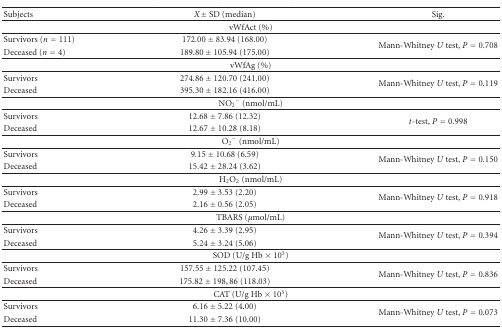
<table><thead><tr><td><b>Subjects</b></td><td><b><i>X</i> ± SD (median)</b></td><td><b>Sig.</b></td></tr></thead><tbody><tr><td colspan="3">vWfAct (%)</td></tr><tr><td>Survivors (<i>n</i> = 111)</td><td>172.00 ± 83.94 (168.00)</td><td rowspan="2">Mann-Whitney <i>U</i> test, <i>P</i> = 0.708</td></tr><tr><td> Deceased (<i>n</i> = 4)</td><td>189.80 ± 105.94 (175.00)</td></tr><tr><td colspan="3">vWfAg (%)</td></tr><tr><td>Survivors</td><td>274.86 ± 120.70 (241.00)</td><td rowspan="2">Mann-Whitney <i>U</i> test, <i>P</i> = 0.119</td></tr><tr><td> Deceased</td><td>395.30 ± 182.16 (416.00) </td></tr><tr><td colspan="3">NO<sub>2</sub><sup>−</sup> (nmol/mL)</td></tr><tr><td>Survivors</td><td>12.68 ± 7.86 (12.32)</td><td rowspan="2"><i>t</i>-test, <i>P</i> = 0.998</td></tr><tr><td> Deceased</td><td>12.67 ± 10.28 (8.18) </td></tr><tr><td colspan="3">O<sub>2</sub><sup>−</sup> (nmol/mL)</td></tr><tr><td>Survivors</td><td>9.15 ± 10.68 (6.59)</td><td rowspan="2">Mann-Whitney <i>U</i> test, <i>P</i> = 0.150</td></tr><tr><td> Deceased</td><td>15.42 ± 28.24 (3.62) </td></tr><tr><td colspan="3">H<sub>2</sub>O<sub>2</sub> (nmol/mL)</td></tr><tr><td>Survivors</td><td>2.99 ± 3.53 (2.20)</td><td rowspan="2">Mann-Whitney <i>U</i> test, <i>P</i> = 0.918</td></tr><tr><td> Deceased</td><td>2.16 ± 0.56 (2.05) </td></tr><tr><td colspan="3">TBARS (<i>μ</i>mol/mL)</td></tr><tr><td>Survivors</td><td>4.26 ± 3.39 (2.95)</td><td rowspan="2">Mann-Whitney <i>U</i> test, <i>P</i> = 0.394</td></tr><tr><td> Deceased</td><td>5.24 ± 3.24 (5.06) </td></tr><tr><td colspan="3">SOD (U/g Hb × 10<sup>3</sup>)</td></tr><tr><td>Survivors</td><td>157.55 ± 125.22 (107.45)</td><td rowspan="2">Mann-Whitney <i>U</i> test, <i>P</i> = 0.836</td></tr><tr><td> Deceased</td><td>175.82 ± 198,86 (118.03) </td></tr><tr><td colspan="3">CAT (U/g Hb × 10<sup>3</sup>)</td></tr><tr><td>Survivors</td><td>6.16 ± 5.22 (4.00)</td><td rowspan="2">Mann-Whitney <i>U</i> test, <i>P</i> = 0.073</td></tr><tr><td> Deceased</td><td>11.30 ± 7.36 (10.00)</td></tr></tbody></table>